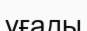
үғады